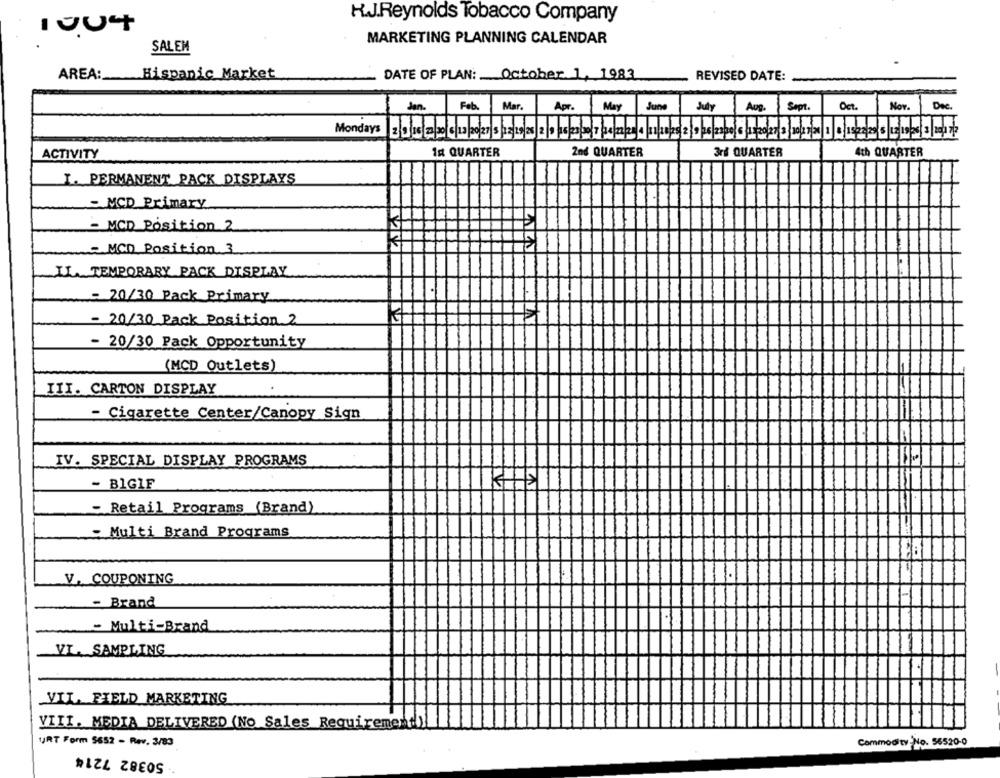
H.J.Reynolds Tobacco Company
SALEM
MARKETING PLANNING CALENDAR
AREA :_
Hispanic Market
DATE OF PLAN: October 1, 1983
REVISED DATE:
Jan.
Fab.
Mar.
Apr.
May
June
July
Aug.
Sept.
ACTIVITY
1st QUARTER
2nd QUARTER
3rd QUARTER
4th QUARTER
I. PERMANENT PACK DISPLAYS
- MCD Primary
- MCD Position 2
MCD Position 3
IL TEMPORARY PACK DISPLAY
- 20/30 Pack Primary
- 20/30 Pack Position 2
- 20/30 Pack Opportunity
(MCD Outlets)
III. CARTON DISPLAY
- Cigarette Center/Canopy Sign
IV. SPECIAL DISPLAY PROGRAMS
- BIGIF
- Retail Programs (Brand)
- Multi Brand Programs
V. COUPONING
-1
- Brand
- Multi-Brand
VI. SAMPLING
VIL. FIELD MARKETING
VIII. MEDIA DELIVERED (No Sales Requirement)
URT Form 5652 - Rev. 3/83
Commodity-No. 56520-0
. 50382 7214